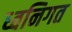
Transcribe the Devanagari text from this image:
ध्वनिगत